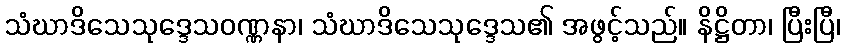
သံဃာဒိသေသုဒ္ဒေသဝဏ္ဏနာ၊ သံဃာဒိသေသုဒ္ဒေသ၏ အဖွင့်သည်။ နိဋ္ဌိတာ၊ ပြီးပြီ၊